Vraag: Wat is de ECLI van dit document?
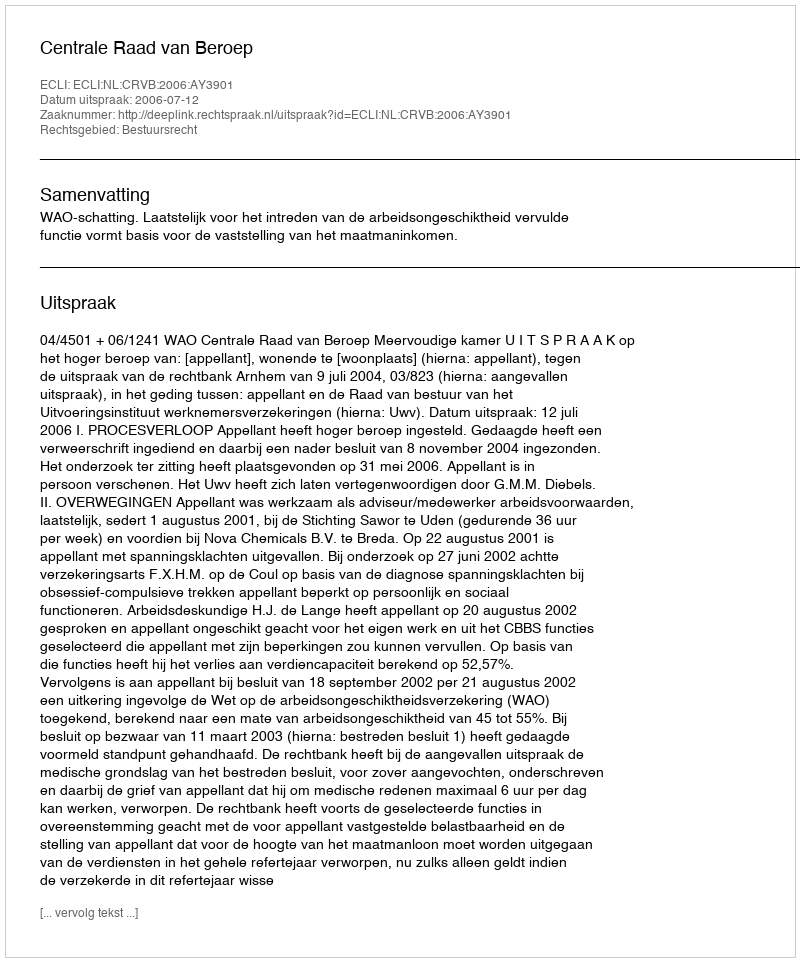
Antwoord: ECLI:NL:CRVB:2006:AY3901